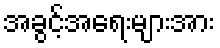
အခွင့်အရေးများအား